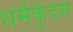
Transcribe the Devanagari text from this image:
धर्मकुंडम